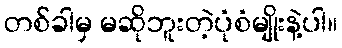
တစ်ခါမှ မဆိုဘူးတဲ့ပုံစံမျိုးနဲ့ပါ။